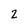
Character: 2